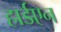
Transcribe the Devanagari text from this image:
हार्डएन